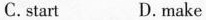
C.start D.make